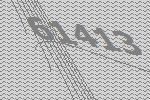
61413